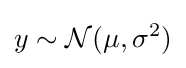
y\sim {\mathcal {N}}(\mu ,\sigma ^{2})